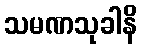
သမဏသုခါနိ